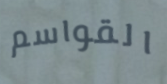
القواسم